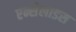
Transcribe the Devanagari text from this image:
एन्सेलाडस